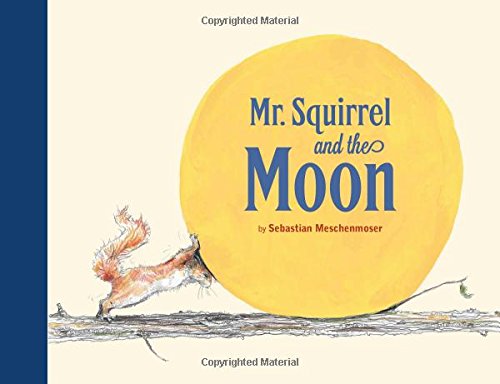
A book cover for Mr Squirrel and the Moon; Sebastian Meschenmoser; Children's Books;